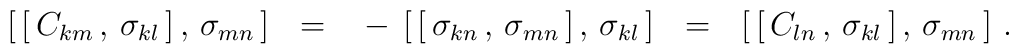
{[}\, [ \, C_{km} \, , \, \sigma_{kl} \, ] \, , \, \sigma_{mn} \, ]~~ =~~- \, [ \, [ \, \sigma_{kn} \,,\, \sigma_{mn} \, ] \,,\, \sigma_{kl} \, ]~~ =~~[ \, [ \, C_{ln} \, , \, \sigma_{kl} \, ] \, , \, \sigma_{mn} \, ]~.~~~~~~